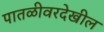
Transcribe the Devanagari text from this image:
पातळीवरदेखील